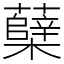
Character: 蘖